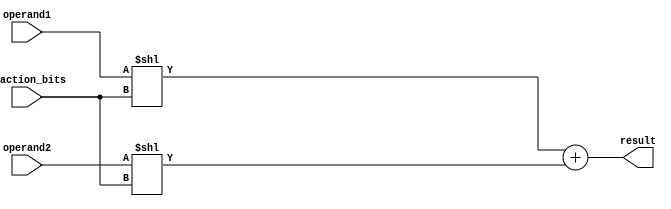
module fixed_point_adder (
    input signed [31:0] operand1,
    input signed [31:0] operand2,
    input [3:0] fraction_bits,
    output reg signed [31:0] result
);

reg signed [31:0] extended_operand1;
reg signed [31:0] extended_operand2;
reg signed [31:0] shifted_operand1;
reg signed [31:0] shifted_operand2;

always @(*) begin
    extended_operand1 = { {31{operand1[31]}}, operand1 };
    extended_operand2 = { {31{operand2[31]}}, operand2 };

    shifted_operand1 = extended_operand1 << fraction_bits;
    shifted_operand2 = extended_operand2 << fraction_bits;

    result = shifted_operand1 + shifted_operand2;
end

endmodule